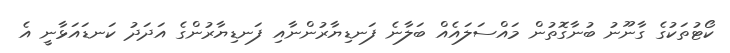
ކޯޓުތަކުގެ ގާނޫނު ބުނާގޮތުން މައްސަލައެއް ބަލާނެ ފަނޑިޔާރުންނާއި ފަނޑިޔާރުންގެ އަދަދު ކަނޑައަޅާނީ އެ